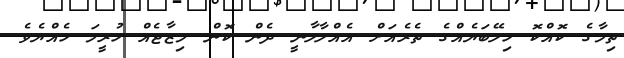
ތިމާގެ ކޮއްކޮ ހިލޭބަޔެއްގެ ތެރެއަށް އެއްލާލާނީ ދެން ކޮން މިޒާޖެއް ހުރީމަ ހެއްޔެވެ